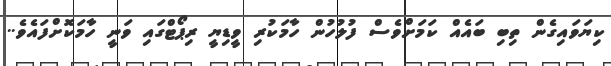
ކިޔަވައިގެން ތިބި ބައެއް ކަމަށްވެސް ފުލުހުން ހާމަކުރި ވީޑިޔީ ރިޕޯޓްގައި ވަނީ ހާމަކޮށްފައެވެ..